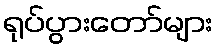
ရုပ်ပွားတော်များ